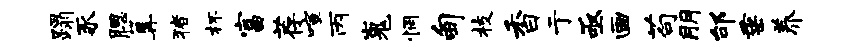
蹋豕腮篝猪杯富荐喧丙嵬惘甸枝香亍亟画苟朋邰垂养